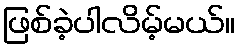
ဖြစ်ခဲ့ပါလိမ့်မယ်။